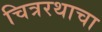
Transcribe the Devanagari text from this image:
चित्ररथाचा